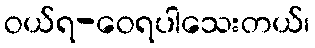
ဝယ်ရ-ဝေရပါသေးတယ်၊